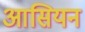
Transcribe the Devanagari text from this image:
आसियन